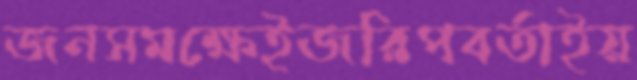
জনসমক্ষেইজরিপবর্তাইয়